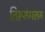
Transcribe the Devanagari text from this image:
तिरूमंगलम